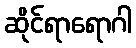
ဆိုင်ရာရောဂါ